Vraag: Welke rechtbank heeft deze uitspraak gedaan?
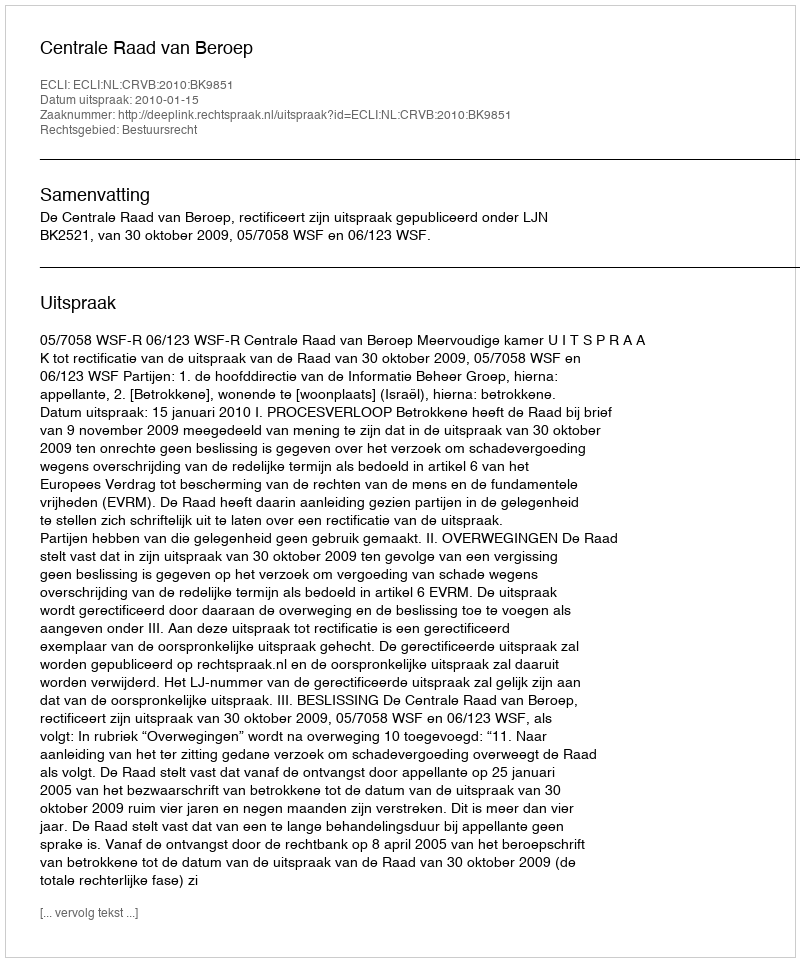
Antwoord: Centrale Raad van Beroep